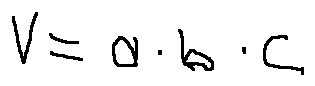
V = a \cdot b \cdot c